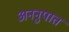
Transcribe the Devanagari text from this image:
अननुपात